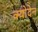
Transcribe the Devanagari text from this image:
क्योदेन